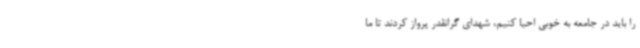
را باید در جامعه به خوبی احیا کنیم، شهدای گرانقدر پرواز کردند تا ما